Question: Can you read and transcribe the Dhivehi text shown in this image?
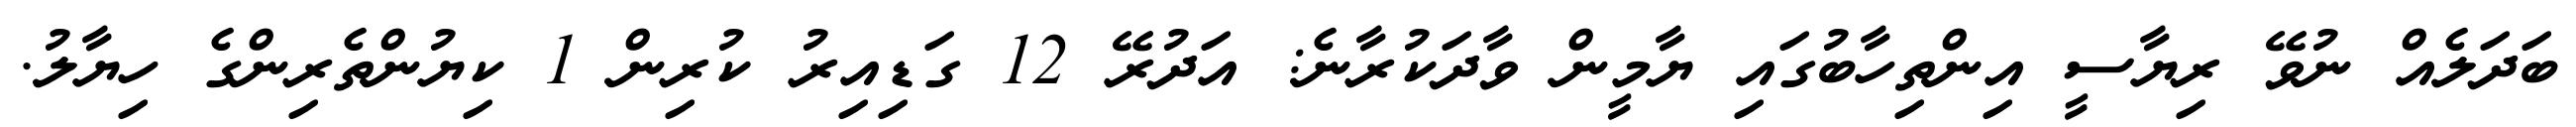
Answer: ބަދަލެއް ނުވޭ ރިޔާސީ އިންތިހާބުގައި ޔާމީން ވާދަކުރާނެ: އަދުރޭ 12 ގަޑިއިރު ކުރިން 1 ކިޔުންތެރިންގެ ހިޔާލު.